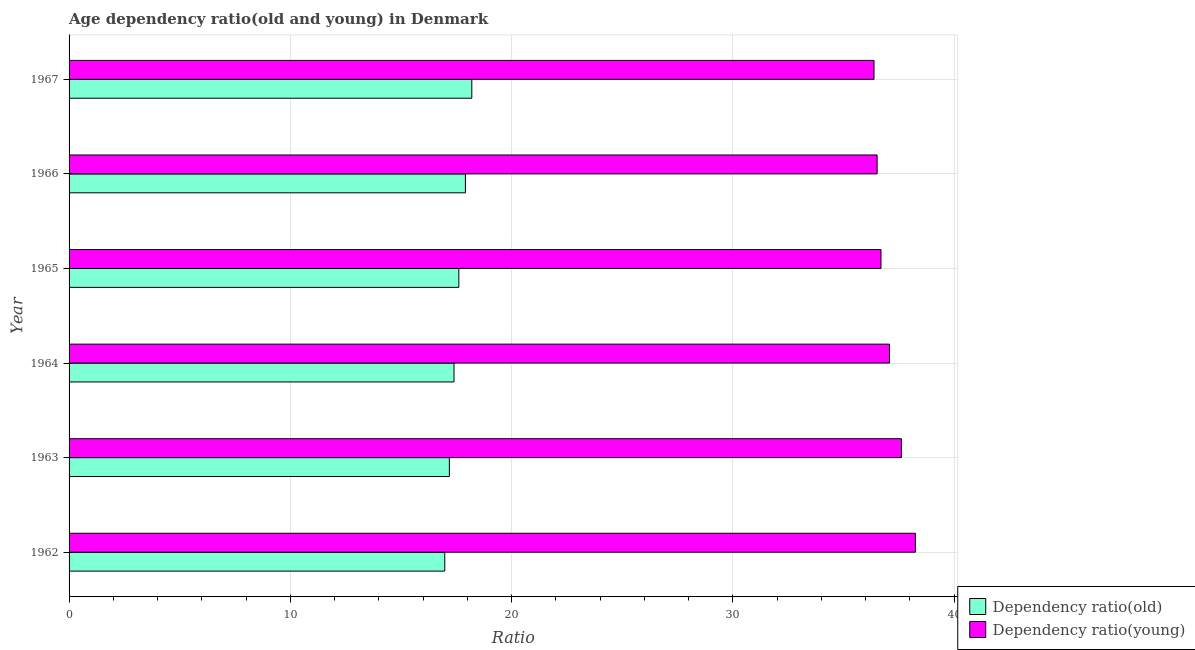
| Year | Dependency ratio(old) | Dependency ratio(young) |
 | --- | --- | --- |
 | 1962 | 17 | 38.3 |
 | 1963 | 17.2 | 37.6 |
 | 1964 | 17.4 | 37.1 |
 | 1965 | 17.6 | 36.7 |
 | 1966 | 17.9 | 36.5 |
 | 1967 | 18.2 | 36.4 |